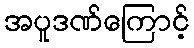
အပူဒဏ်ကြောင့်